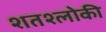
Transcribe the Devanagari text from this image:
शतश्लोकी